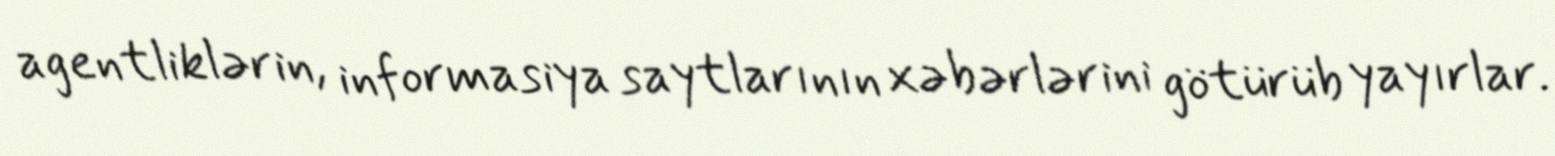
agentliklərin, informasiya saytlarının xəbərlərini götürüb yayırlar.